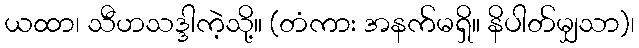
ယထာ၊ သီဟသဒ္ဒါကဲ့သို့။ (တံကား အနက်မရှိ။ နိပါတ်မျှသာ)၊